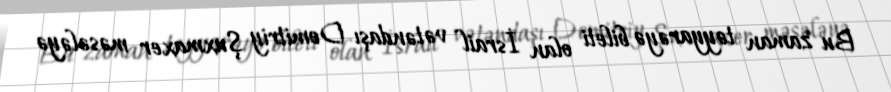
Bu zaman təyyarəyə bileti olan İsrail vətəndaşı Demitriy Şuxmaxer məsələyə